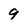
Character: 9